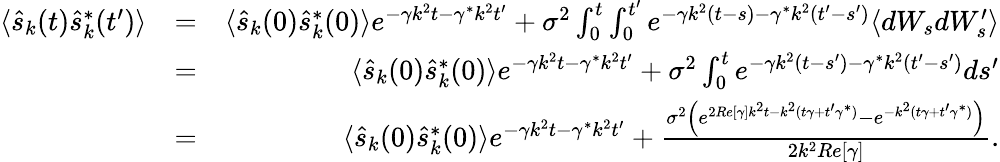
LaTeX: \begin{array}{rlr}{\langle\hat{s}_{k}(t)\hat{s}_{k}^{*}(t^{\prime})\rangle}&{=}&{\langle\hat{s}_{k}(0)\hat{s}_{k}^{*}(0)\rangle e^{-\gamma k^{2}t-\gamma^{*}k^{2}t^{\prime}}+\sigma^{2}\int_{0}^{t}\int_{0}^{t^{\prime}}e^{-\gamma k^{2}(t-s)-\gamma^{*}k^{2}(t^{\prime}-s^{\prime})}\langle dW_{s}dW_{s}^{\prime}\rangle}\\ &{=}&{\langle\hat{s}_{k}(0)\hat{s}_{k}^{*}(0)\rangle e^{-\gamma k^{2}t-\gamma^{*}k^{2}t^{\prime}}+\sigma^{2}\int_{0}^{t}e^{-\gamma k^{2}(t-s^{\prime})-\gamma^{*}k^{2}(t^{\prime}-s^{\prime})}ds^{\prime}}\\ &{=}&{\langle\hat{s}_{k}(0)\hat{s}_{k}^{*}(0)\rangle e^{-\gamma k^{2}t-\gamma^{*}k^{2}t^{\prime}}+\frac{\sigma^{2}\left(e^{2Re[\gamma]k^{2}t-k^{2}(t\gamma+t^{\prime}\gamma^{*})}-e^{-k^{2}(t\gamma+t^{\prime}\gamma^{*})}\right)}{2k^{2}Re[\gamma]}.}\end{array}